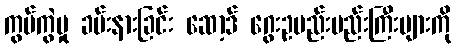
ကွပ်ကွဲမှု ခမ်းနားခြင်း ဆော့ဒ် ဂွေးဥမည်းမည်းကြီးများကို